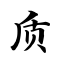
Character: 质